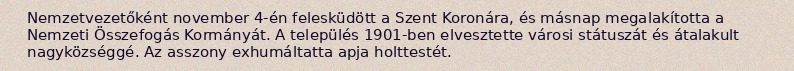
Nemzetvezetőként november 4-én felesküdött a Szent Koronára, és másnap megalakította a Nemzeti Összefogás Kormányát. A település 1901-ben elvesztette városi státuszát és átalakult nagyközséggé. Az asszony exhumáltatta apja holttestét.